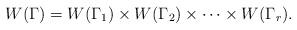
LaTeX: \begin{align*}W(\Gamma)=W(\Gamma_1)\times W(\Gamma_2)\times\cdots\times W(\Gamma_r).\end{align*}